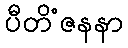
ပီတိံဇနနာ